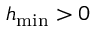
h _ { \operatorname* { m i n } } > 0